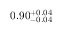
0 . 9 0 _ { - 0 . 0 4 } ^ { + 0 . 0 4 }